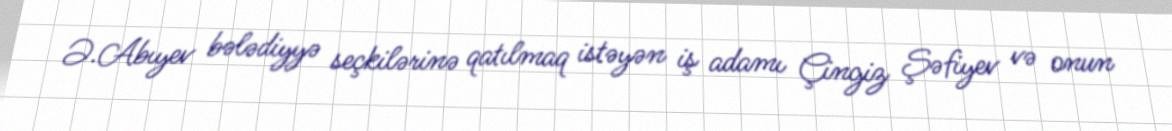
Ə.Abıyev bələdiyyə seçkilərinə qatılmaq istəyən iş adamı Çingiz Şəfiyev və onun